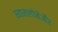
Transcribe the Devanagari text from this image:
स्ताललोनेऔर